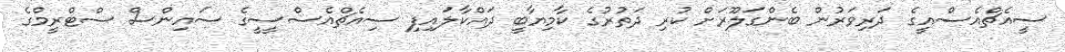
ސީއެޗްއެސްއީގެ ދަރިވަރުން ބެންގަލޫރަށް ކުރި ދަތުރުގެ ކާމިޔާބީ ދައްކާލައިފި ސިއެޗްއެސްސީީގެ ސައިންސް ސްޓްރީމްގެ